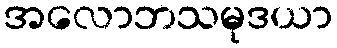
အလောဘသမုဒယာ